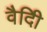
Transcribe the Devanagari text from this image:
वैदीि